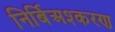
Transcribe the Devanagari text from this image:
निर्बिअश्करण